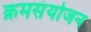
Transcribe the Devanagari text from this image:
क्रमसंयोजन